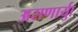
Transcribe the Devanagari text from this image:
असणार्याु